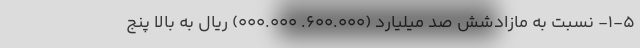
۱-۵- نسبت به مازادشش صد میلیارد (۶۰۰.۰۰۰. ۰۰۰.۰۰۰) ریال به بالا پنج